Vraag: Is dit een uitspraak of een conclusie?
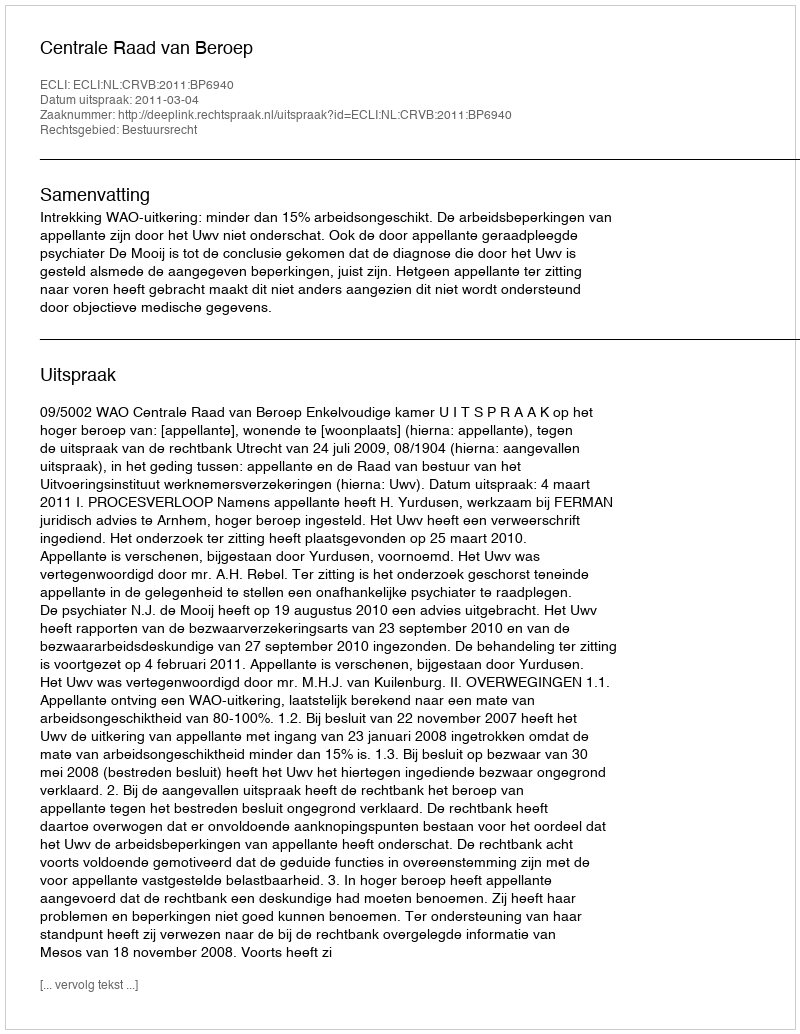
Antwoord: Uitspraak